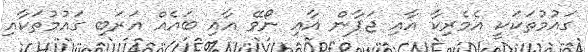
ގައުމުތަކަކީ އެމެރިކާ އާއި ޖަޕާން އާއި ނޯވޭ އާއި ބައެއް އަރަބި ގައުމުތަކާއި